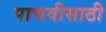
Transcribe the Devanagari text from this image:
पाचवीसाठी